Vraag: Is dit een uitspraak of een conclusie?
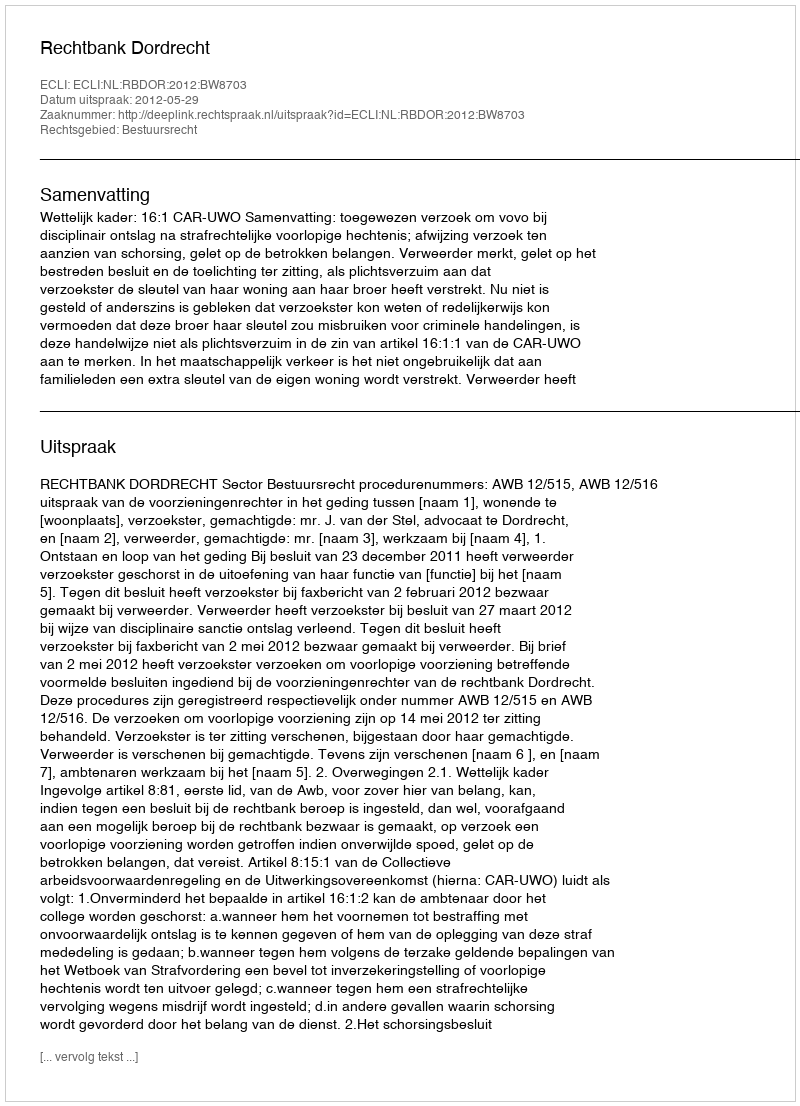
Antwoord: Uitspraak